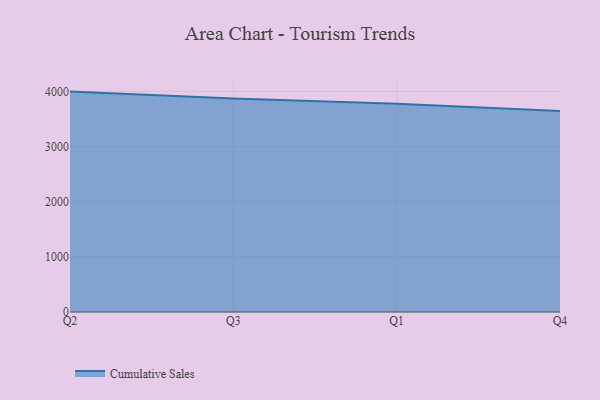
{"axis": {"x": "Quarter", "y": "Production Output"}, "legend": ["Cumulative Sales"], "data": [{"x": "Q2", "y": 3996.2, "type": "Cumulative Sales"}, {"x": "Q3", "y": 3870.2, "type": "Cumulative Sales"}, {"x": "Q1", "y": 3777.7, "type": "Cumulative Sales"}, {"x": "Q4", "y": 3645.6, "type": "Cumulative Sales"}]}